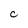
Character: C